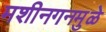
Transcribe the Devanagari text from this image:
मशीनगनमुळे